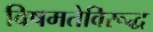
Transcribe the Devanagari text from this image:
विषमतेविरूद्ध